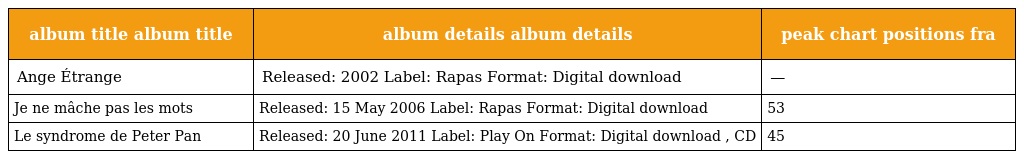
| album title album title | album details album details | peak chart positions fra |
 | --- | --- | --- |
 | Ange Étrange | Released: 2002 Label: Rapas Format: Digital download | — |
 | Je ne mâche pas les mots | Released: 15 May 2006 Label: Rapas Format: Digital download | 53 |
 | Le syndrome de Peter Pan | Released: 20 June 2011 Label: Play On Format: Digital download , CD | 45 |